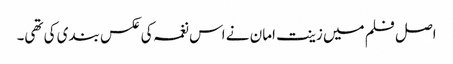
اصل فلم میں زینت امان نے اس نغمہ کی عکس بندی کی تھی۔